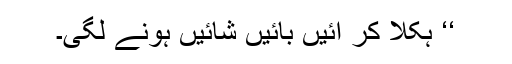
‘‘ ہکلا کر آئیں بائیں شائیں ہونے لگی۔